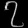
Digit: ၇